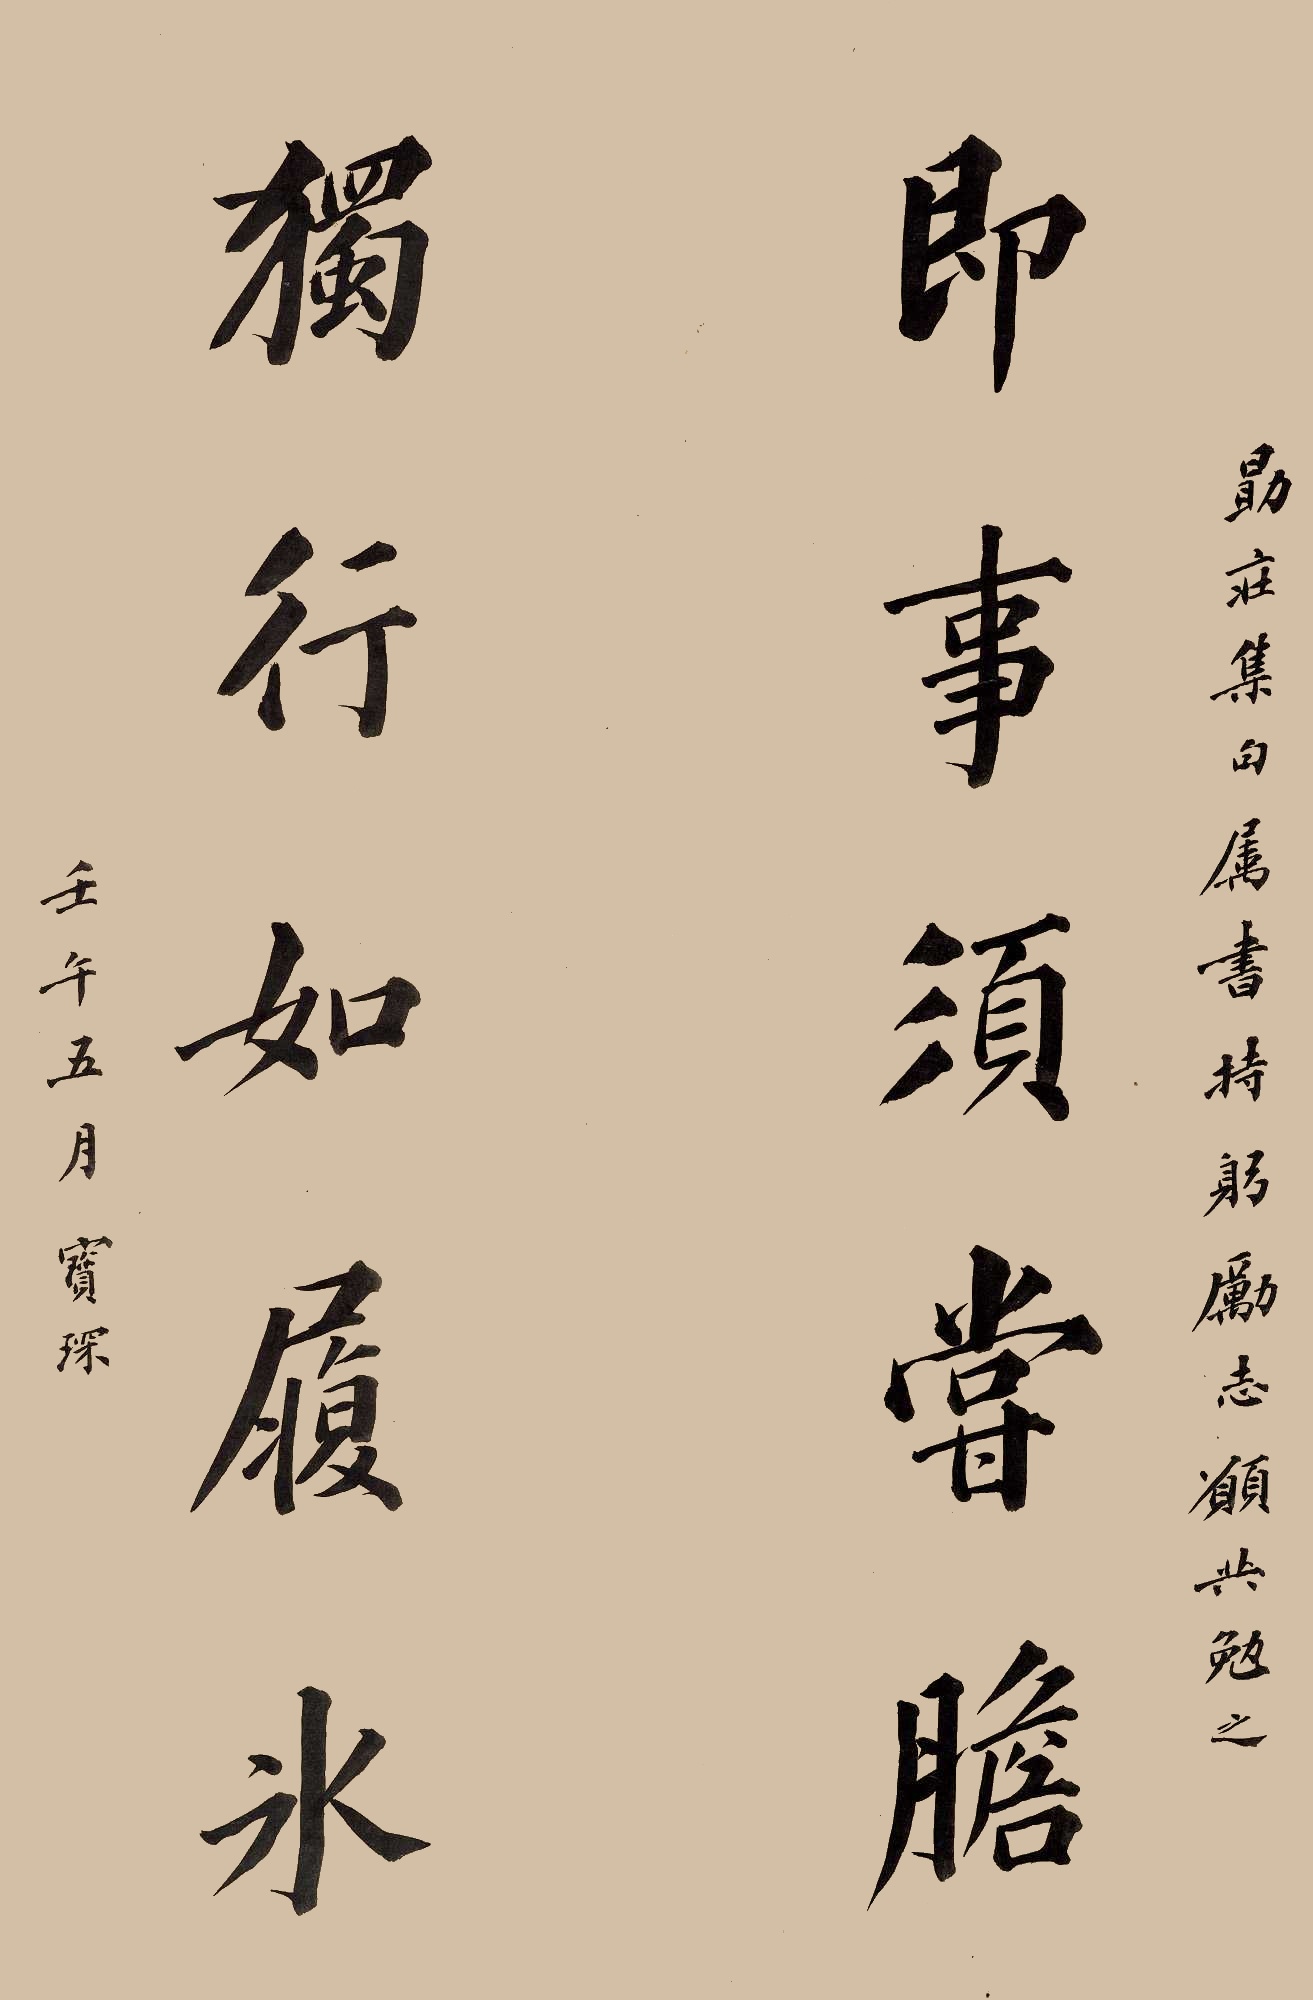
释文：即事须尝胆，独行如履冰。勖庄集句属书，持躬励志愿共勉之。壬午五月，宝琛。